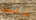
يرتبط